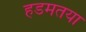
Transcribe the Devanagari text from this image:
हडमतया